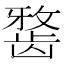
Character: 𪚐